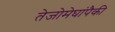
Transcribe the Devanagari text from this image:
तेजोमेघांपैकी